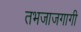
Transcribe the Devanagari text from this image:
तभजाजगागी